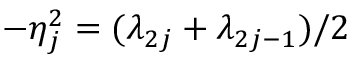
- \eta _ { j } ^ { 2 } = ( \lambda _ { 2 j } + \lambda _ { 2 j - 1 } ) / 2